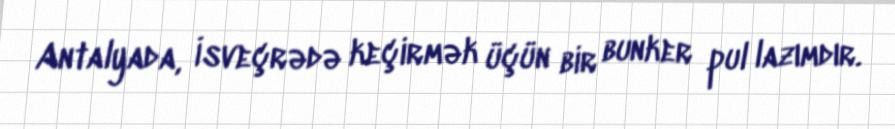
Antalyada, İsveçrədə keçirmək üçün bir bunker pul lazımdır.